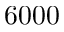
6 0 0 0